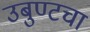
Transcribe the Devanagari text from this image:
उबुण्टचा